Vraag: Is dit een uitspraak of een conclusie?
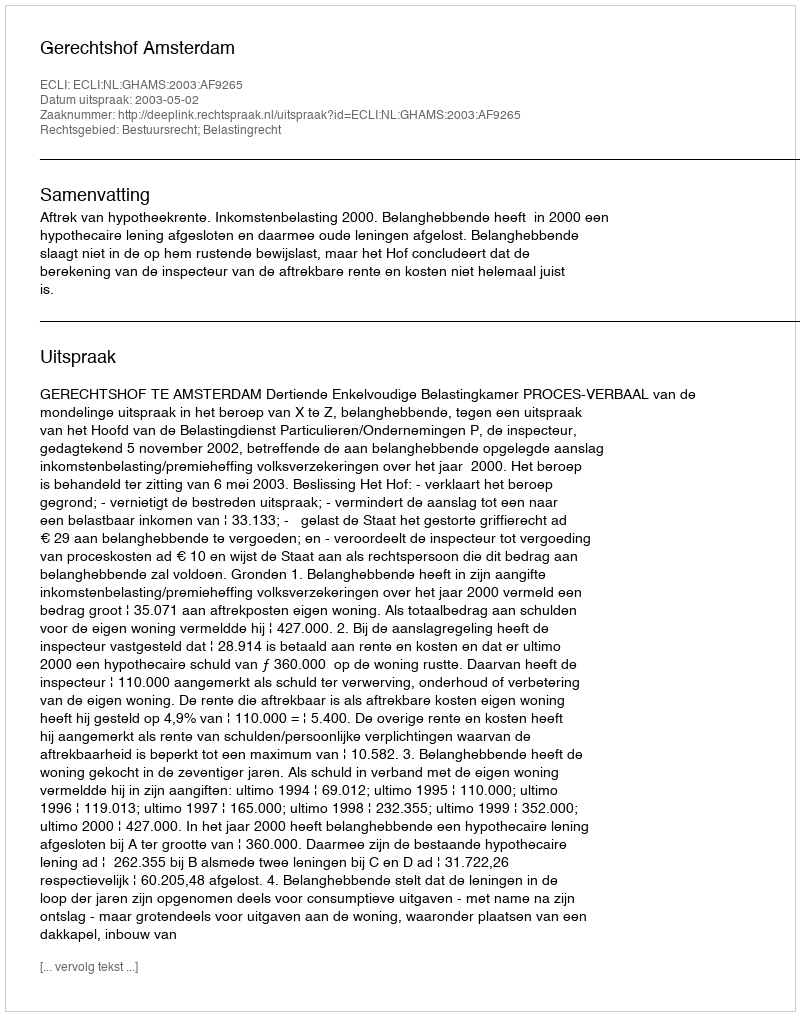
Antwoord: Uitspraak